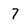
Character: 7